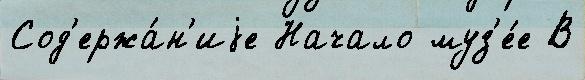
Сод'ержа́н'иjе Начало муз'е́е В